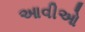
આવીઓ